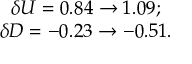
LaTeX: \begin{array} { c l c r } { { \delta U = 0 . 8 4 \to 1 . 0 9 ; } } \\ { { \delta D = - 0 . 2 3 \to - 0 . 5 1 . } } \end{array}